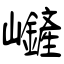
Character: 嵼